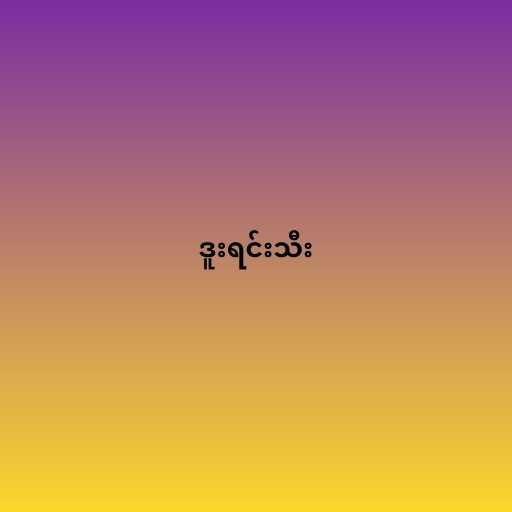
ဒူးရင်းသီး